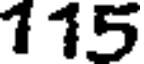
115